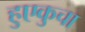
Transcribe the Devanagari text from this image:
हुएकुचा